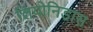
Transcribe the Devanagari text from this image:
लियोनिडास